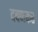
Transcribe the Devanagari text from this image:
दवणकर